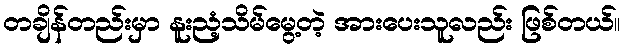
တချိန်တည်းမှာ နူးညံ့သိမ်မွေ့တဲ့ အားပေးသူလည်း ဖြစ်တယ်။